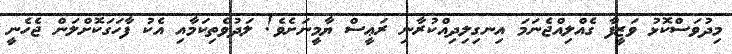
މިދުވަސްކޮޅު ވަޒީފާ ގެއްލިއްޖެނަމަ އިނގިލިދިއްކުރާނި ރަޢީސް ޔާމީނަށެވެ! ލަދުވެތިކަމާއި އެކު ފާހަގަކޮށްލަން ޖެހެނީ